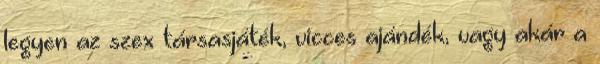
legyen az szex társasjáték, vicces ajándék, vagy akár a